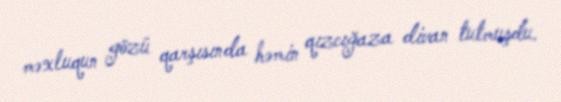
məxluqun gözü qarşısında həmin qızcığaza divan tutmuşdu.